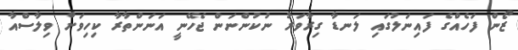
ޒޯން ފަހެއްގެ ފައިނަލުގައި ލަނޑާ ގިރާވަރު ނުކުންނަން ޖެހޭނީ އަނަންތާރާ ކިހިވަށް ވިލާސްއާ